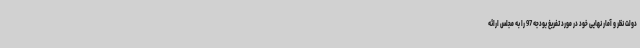
دولت نظر و آمار نهایی خود در مورد تفریغ بودجه 97 را به مجلس ارائه